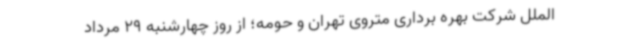
الملل شرکت بهره برداری متروی تهران و حومه؛ از روز چهارشنبه 29 مرداد